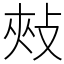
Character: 㪎